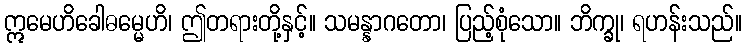
ဣမေဟိခေါဓမ္မေဟိ၊ ဤတရားတို့နှင့်။ သမန္နာဂတော၊ ပြည့်စုံသော။ ဘိက္ခု၊ ရဟန်းသည်။